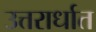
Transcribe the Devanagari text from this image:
उत्तरार्धात